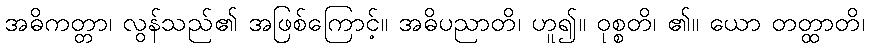
အဓိကတ္တာ၊ လွန်သည်၏ အဖြစ်ကြောင့်။ အဓိပညာတိ၊ ဟူ၍။ ဝုစ္စတိ၊ ၏။ ယော တတ္ထာတိ၊